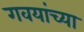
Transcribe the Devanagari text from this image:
गवयांच्या